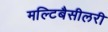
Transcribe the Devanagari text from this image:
मल्टिबैसीलरी